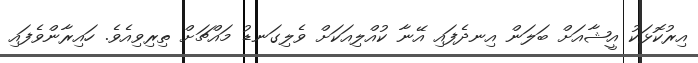
އިރުކޮޅަކު އީޝާއަށް ބަލަން އިނދެފައި އޭނާ ކުއްލިއަކަށް ވެލިގަނޑު މައްޗަށް ތިރިވިއެވެ. ހައިރާންވެފައި